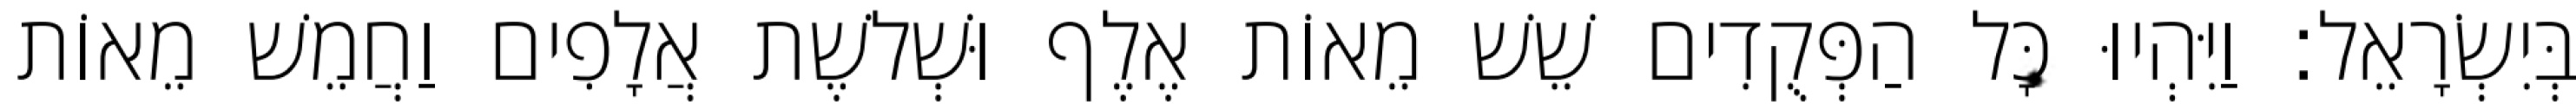
בְּיִשְׂרָאֵל׃ וַיִּהְיוּ כָּל הַפְּקֻדִים שֵׁשׁ מֵאוֹת אֶלֶף וּשְׁלשֶׁת אֲלָפִים וַחֲמֵשׁ מֵאוֹת